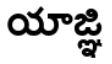
యాజ్ఞి